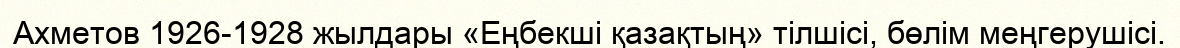
Ахметов 1926-1928 жылдары «Еңбекші қазақтың» тілшісі, бөлім меңгерушісі.